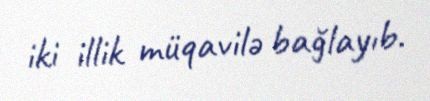
iki illik müqavilə bağlayıb.